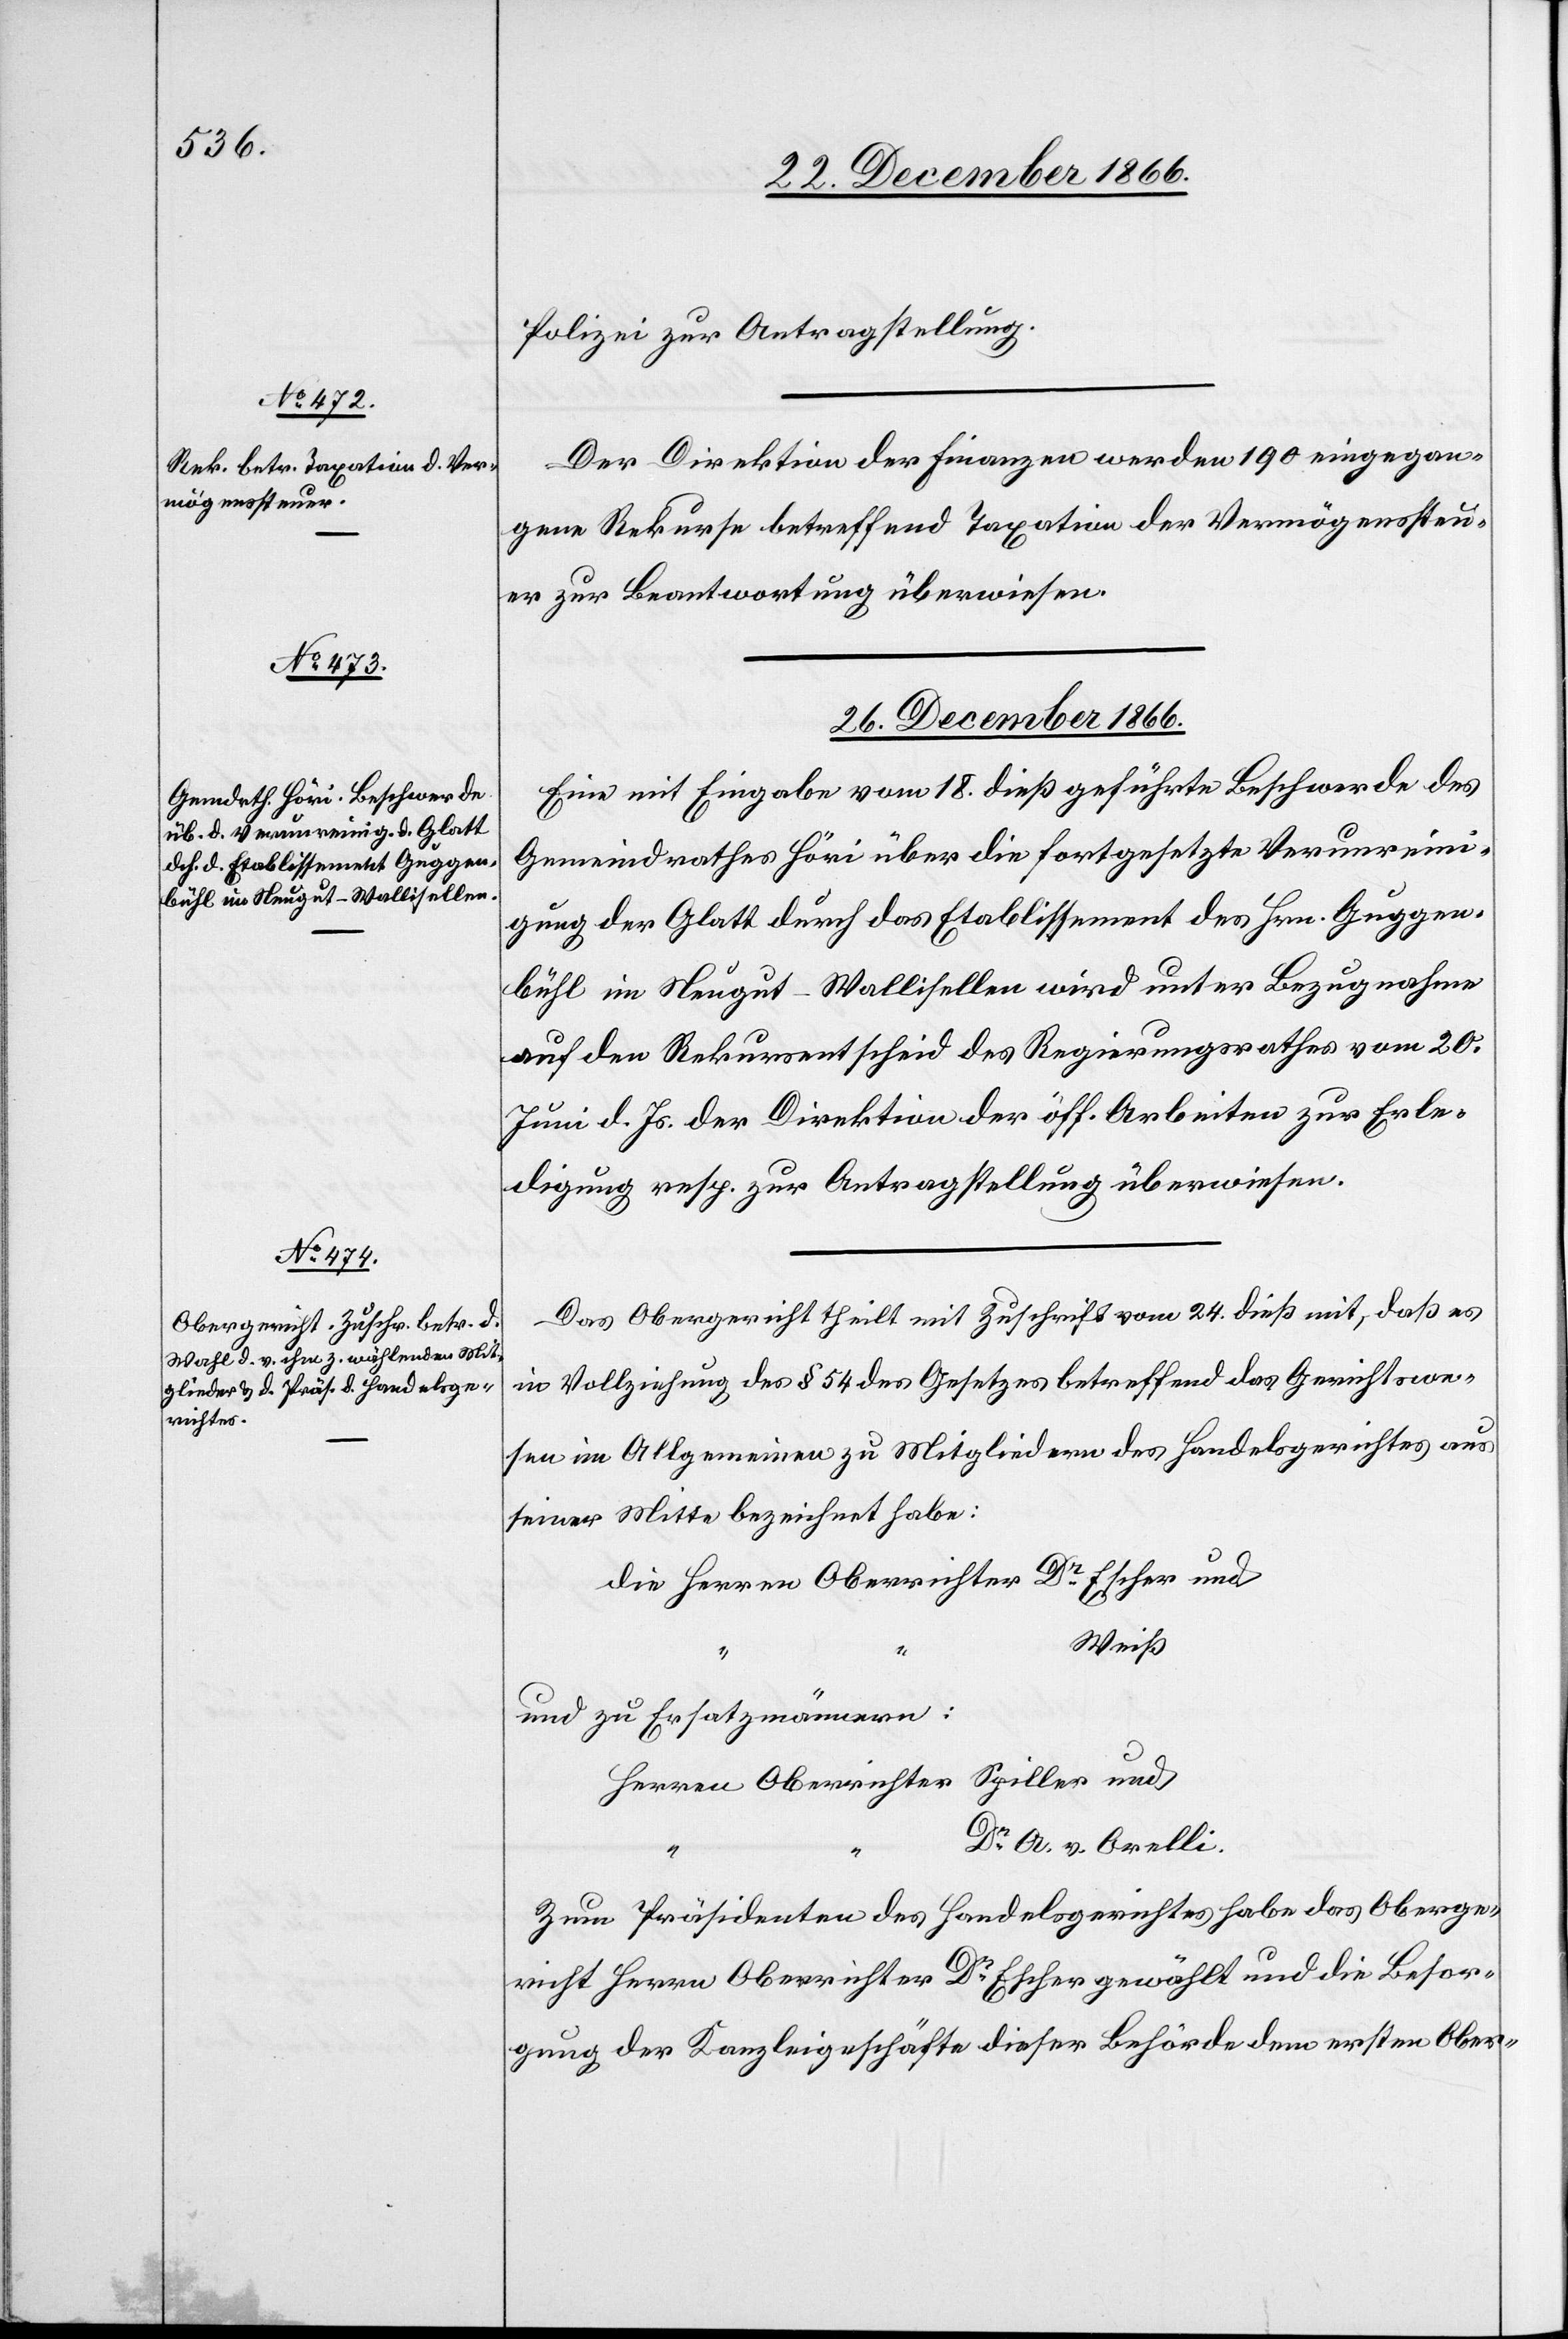
Polizei zur Antragstellung.
Der Direktion der Finanzen werden 190 eingegan¬
gene Rekurse betreffend Taxation der Vermögenssteu¬
er zur Beantwortung überwiesen.
26. December 1866.
Eine mit Eingabe vom 18. dieß geführte Beschwerde des
Gemeindrathes Höri über die fortgesetzte Verunreini¬
gung der Glatt durch das Etablissement des Hrn. Guggen¬
bühl im Neugut-Wallisellen wird unter Bezugnahme
auf den Rekursentscheid des Regierungsrathes vom 20.
Juni d. Js. der Direktion der öff. Arbeiten zur Erle¬
digung resp. zur Antragstellung überwiesen.
Das Obergericht theilt mit Zuschrift vom 24. dieß mit, daß es
in Vollziehung des § 54 des Gesetzes betreffend das Gerichtswe¬
sen im Allgemeinen zu Mitgliedern des Handelsgerichtes aus
seiner Mitte bezeichnet habe:
Weiß
und zu Ersatzmännern:
Dr. A. v. Orelli.
Zum Präsidenten des Handelsgerichtes habe das Oberge¬
richt Herrn Oberrichter Dr. Escher gewählt und die Besor¬
gung der Kanzleigeschäfte dieser Behörde dem ersten Ober-